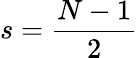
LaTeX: s=\frac{N-1}{2}